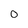
Character: 0